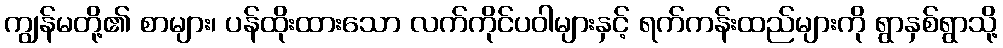
ကျွန်မတို့၏ စာများ၊ ပန်ထိုးထားသော လက်ကိုင်ပဝါများနှင့် ရက်ကန်းထည်များကို ရွာနှစ်ရွာသို့